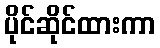
ပိုင်ဆိုင်ထားကာ